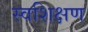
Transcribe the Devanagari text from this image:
स्वशिक्षण